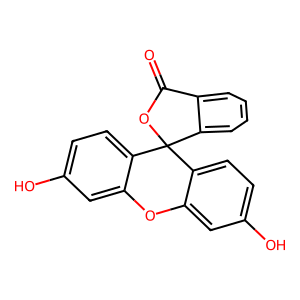
SMILES: O=C1OC2(c3ccc(O)cc3Oc3cc(O)ccc32)c2ccccc21
Inhibits HIV replication: No